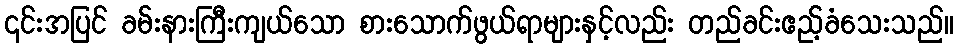
၎င်းအပြင် ခမ်းနားကြီးကျယ်သော စားသောက်ဖွယ်ရာများနှင့်လည်း တည်ခင်းဧည့်ခံသေးသည်။